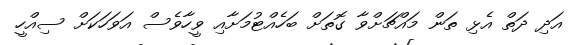
އަދި ދަތް އެޅި ތަން މައްޗަށްވާ ގޮތަށް ބަހެއްޓުމަށާއި ވީހާވެސް އަވަހަކަށް ސިއްހީ